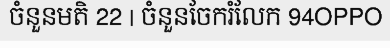
ចំនួនមតិ 22 | ចំនួនចែករំលែក 94OPPO